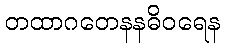
တထာဂတေနနဓိဝရေန